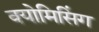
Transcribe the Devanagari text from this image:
वयोमिसिंग